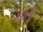
ઘાતી